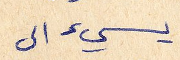
يسيء الى